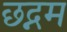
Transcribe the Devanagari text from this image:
छद्नम